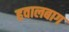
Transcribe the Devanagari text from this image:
हवालबाग